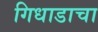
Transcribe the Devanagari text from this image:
गिधाडाचा